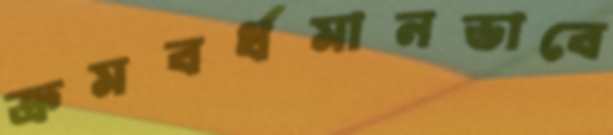
ক্রমবর্ধমানভাবে